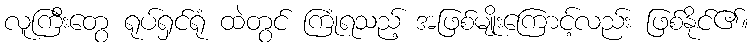
လူကြီးတွေ ရုပ်ရှင်ရုံ ထဲတွင် ကြုံရသည့် အဖြစ်မျိုးကြောင့်လည်း ဖြစ်နိုင်၏။